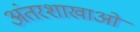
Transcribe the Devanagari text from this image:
अंतरशाखाओं